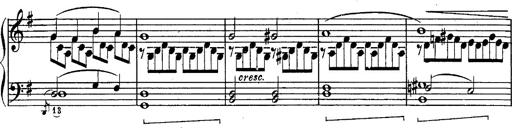
Title: Schubert's Impromptus [revised and edited by Franz Liszt]
Composer: Franz Liszt